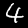
Label: 4